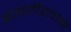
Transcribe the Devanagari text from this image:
बजाजीरावांनी